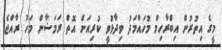
މީގެ އިތުރުން އިބްރާހިމް މުހައްމަދު ވިދާޅުވީ ކުރިއަށް އޮތް ރަމަޟާން މަހު ރާއްޖެ